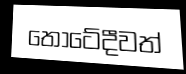
තොටේදීවත්